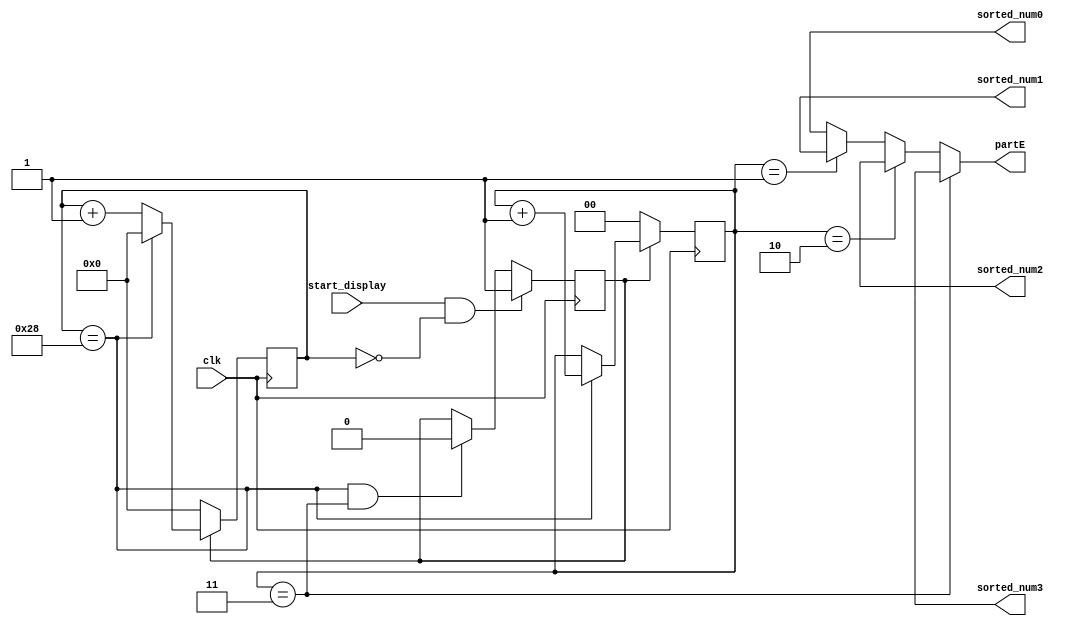
`timescale 1ns / 1ps
//////////////////////////////////////////////////////////////////////////////////
// Company: 
// Engineer: 
// 
// Design Name: 
// Module Name:    output_part 
// Project Name: 
// Target Devices: 
// Tool versions: 
// Description: 
//
// Dependencies: 
//
// Revision: 
// Revision 0.01 - File Created
// Additional Comments: 
//
//////////////////////////////////////////////////////////////////////////////////
module output_part(
    input clk,
    output [3:0] sorted_num0,
    output [3:0] sorted_num1,
    output [3:0] sorted_num2,
    output [3:0] sorted_num3,
    input start_display,
    output [3:0]partE
    );
reg[15:0]cnt;
reg[1:0]sel;
reg enbl_cnt;
assign partE=(sel==3)?sorted_num3:
             (sel==2)?sorted_num2:
				 (sel==1)?sorted_num1:
				  sorted_num0;
always@(posedge clk)
if(enbl_cnt)
   if(cnt==40)
		begin
			sel<=sel+1;
			cnt<=0;
		end
	else
	   cnt<=cnt+1;
else
	begin
		sel<=0;
		cnt<=0;
	end
always@(posedge clk)
	if(start_display && cnt==0)
		enbl_cnt<=1;
	else if(cnt==40 && sel==3)
		enbl_cnt<=0;
endmodule